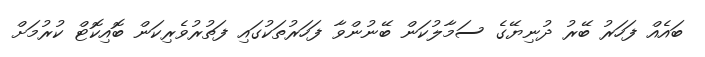
ބައެއް ފަހަރު ބޭރު ދުނިޔޭގެ ސަމާލުކަން ބޭނުންވާ ފަހަރުތަކުގައި ފަތުރުވެރިކަން ބޮއިކޮޓް ކުރުމަށް